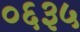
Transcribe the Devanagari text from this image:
०६३५